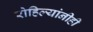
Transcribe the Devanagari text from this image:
रोहिल्यांनीही